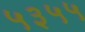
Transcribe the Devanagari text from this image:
५३५५